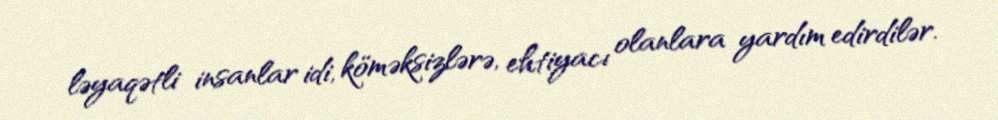
ləyaqətli insanlar idi, köməksizlərə, ehtiyacı olanlara yardım edirdilər.